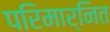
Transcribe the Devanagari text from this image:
परिमार्नित